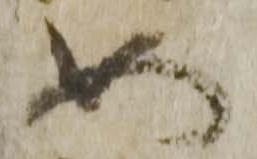
如